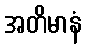
အတိမာနံ